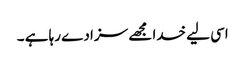
اسی لیے خدا مجھے سزا دے رہا ہے ۔